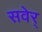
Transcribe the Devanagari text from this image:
सवेर्